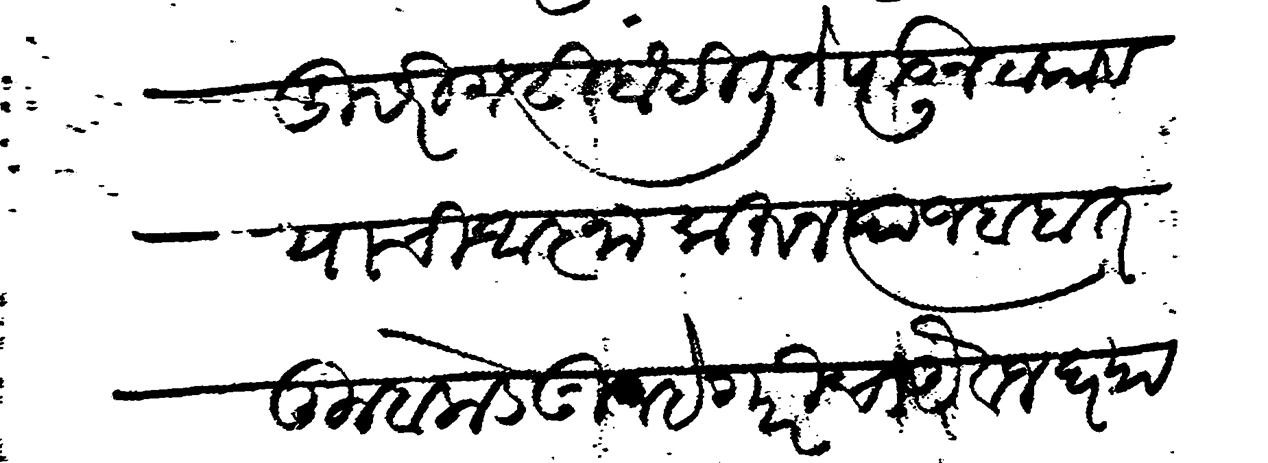
Transliteration (Devanagari): दुसरी गढी बांधिली ते पाडून टाकावयाची आज्ञा करून त्याज बाबत तुम्हाकडे गुन्हेगारीचा औवज घ्यावयाचा